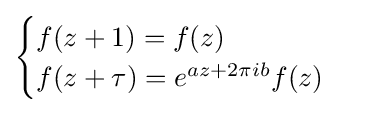
{\begin{cases}f(z+1)=f(z)\\f(z+\tau )=e^{az+2\pi ib}f(z)\end{cases}}